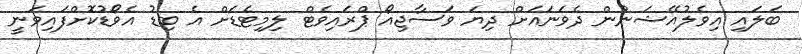
ބަލައި އިވެލުއޭޝަނުން ދެވަނައަށް ދިޔަ ވަސާޖިއޯ ޕްރައިވެޓް ލިމިޓެޑަށް އެ ބިޑު އެވޯޑުކޮށްފައިވަނީ